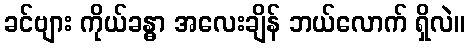
ခင်ဗျား ကိုယ်ခန္ဓာ အလေးချိန် ဘယ်လောက် ရှိလဲ။